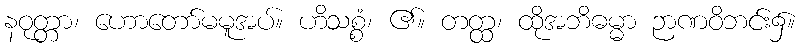
နဝုတ္တာ၊ ဟောတော်မမူအပ်။ ဟိသစ္စံ၊ ၏။ တတ္ထ၊ ထိုအဘိဓမ္မာ ဉာဏဝိဘင်း၌။